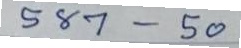
587 - 50